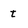
Character: t